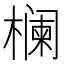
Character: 𱤚